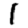
Digit: 1